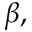
\beta ,